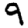
Digit: 9